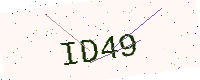
Text: ID49